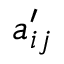
a _ { i j } ^ { \prime }